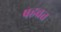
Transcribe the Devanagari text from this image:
षहवत